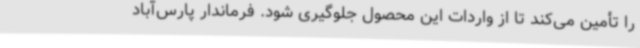
را تأمین می‌کند تا از واردات این محصول جلوگیری شود. فرماندار پارس‌آباد